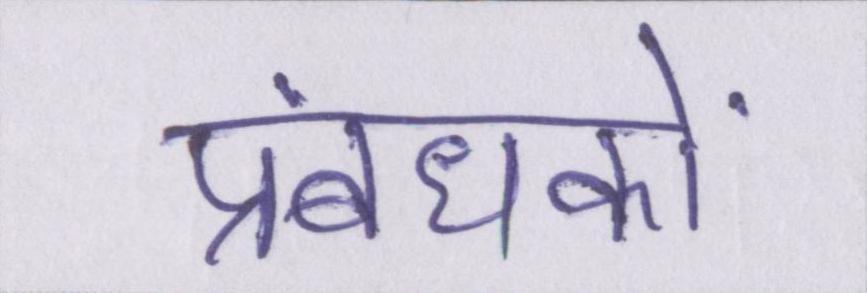
प्रबंधकों